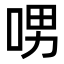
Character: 𠲸